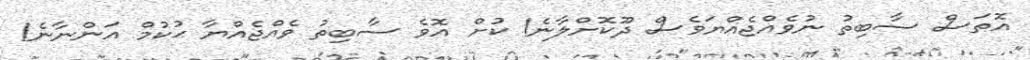
އޮތަސް ސާބިތު ނުވެއްޖެއްޔަވެސް ދޫކޮށްލާނެ! ކުށް އޮވެ ސާބިތު ވެއްޖެއްޔާ ޙުކުމް އަންނާނެ!